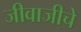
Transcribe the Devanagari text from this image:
जीवाजीचे